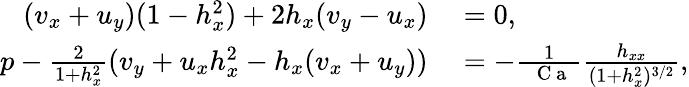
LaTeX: \begin{array}{rl}{(v_{x}+u_{y})(1-h_{x}^{2})+2h_{x}(v_{y}-u_{x})}&{{}=0,}\\ {p-\frac{2}{1+h_{x}^{2}}(v_{y}+u_{x}h_{x}^{2}-h_{x}(v_{x}+u_{y}))}&{{}=-\frac{1}{\mathrm{~\textit~{~C~a~}~}}\frac{h_{xx}}{(1+h_{x}^{2})^{3/2}},}\end{array}